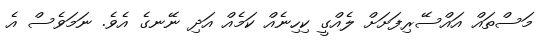
މަސްތައް އައްސޭރިފަށަށް ލެއްގީ ކިހިނެއް ކަމެއް އަދި ނޭނގެ އެވެ. ނަމަވެސް އެ